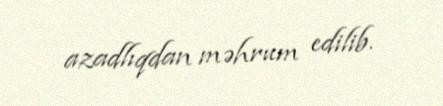
azadlıqdan məhrum edilib.